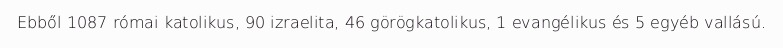
Ebből 1087 római katolikus, 90 izraelita, 46 görögkatolikus, 1 evangélikus és 5 egyéb vallású.